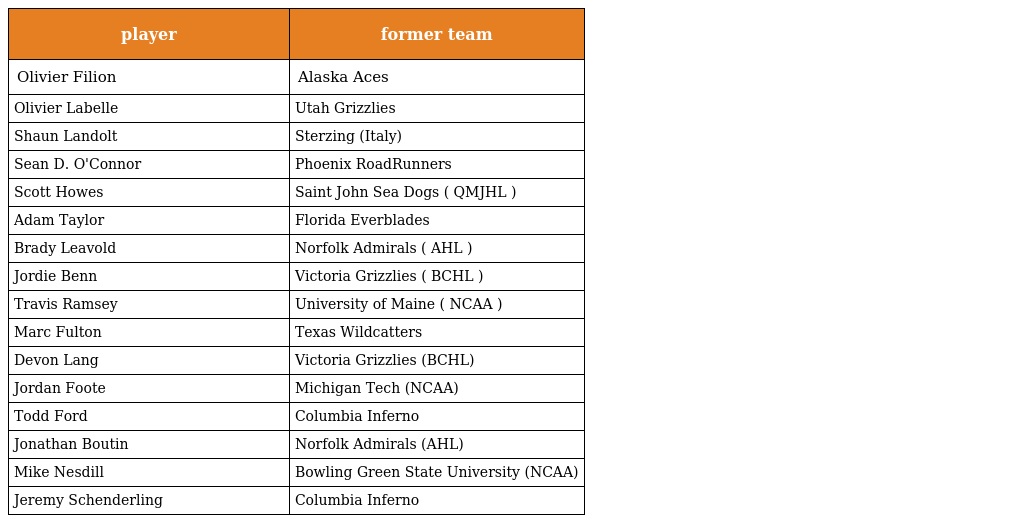
| player | former team |
 | --- | --- |
 | Olivier Filion | Alaska Aces |
 | Olivier Labelle | Utah Grizzlies |
 | Shaun Landolt | Sterzing (Italy) |
 | Sean D. O'Connor | Phoenix RoadRunners |
 | Scott Howes | Saint John Sea Dogs ( QMJHL ) |
 | Adam Taylor | Florida Everblades |
 | Brady Leavold | Norfolk Admirals ( AHL ) |
 | Jordie Benn | Victoria Grizzlies ( BCHL ) |
 | Travis Ramsey | University of Maine ( NCAA ) |
 | Marc Fulton | Texas Wildcatters |
 | Devon Lang | Victoria Grizzlies (BCHL) |
 | Jordan Foote | Michigan Tech (NCAA) |
 | Todd Ford | Columbia Inferno |
 | Jonathan Boutin | Norfolk Admirals (AHL) |
 | Mike Nesdill | Bowling Green State University (NCAA) |
 | Jeremy Schenderling | Columbia Inferno |